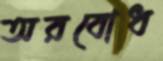
অরবোধ